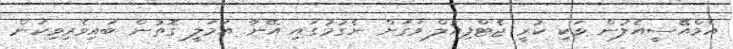
އެމްއޭސީއެލުން ވަކި ކުރީ ޖެޓްފިއުލް ވަގަށް ނެގުމުގައި އޭނާ އަމަލީ ގޮތުން ބައިވެރިވިކަން